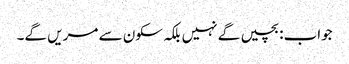
جواب:بچیں گے نہیں بلکہ سکون سے مریں گے۔